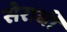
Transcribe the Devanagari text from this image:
सेराबी